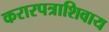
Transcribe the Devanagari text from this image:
करारपत्राशिवाय